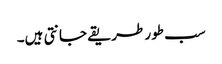
سب طور طریقے جانتی ہیں۔